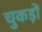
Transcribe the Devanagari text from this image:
चुकड़ों